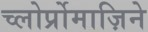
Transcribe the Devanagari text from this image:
च्लोर्प्रोमाज़िने